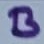
Text: B